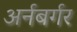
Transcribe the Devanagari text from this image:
अर्नबर्गर